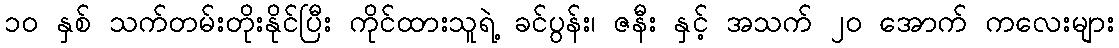
၁၀ နှစ် သက်တမ်းတိုးနိုင်ပြီး ကိုင်ထားသူရဲ့ ခင်ပွန်း၊ ဇနီး နှင့် အသက် ၂၀ အောက် ကလေးများ